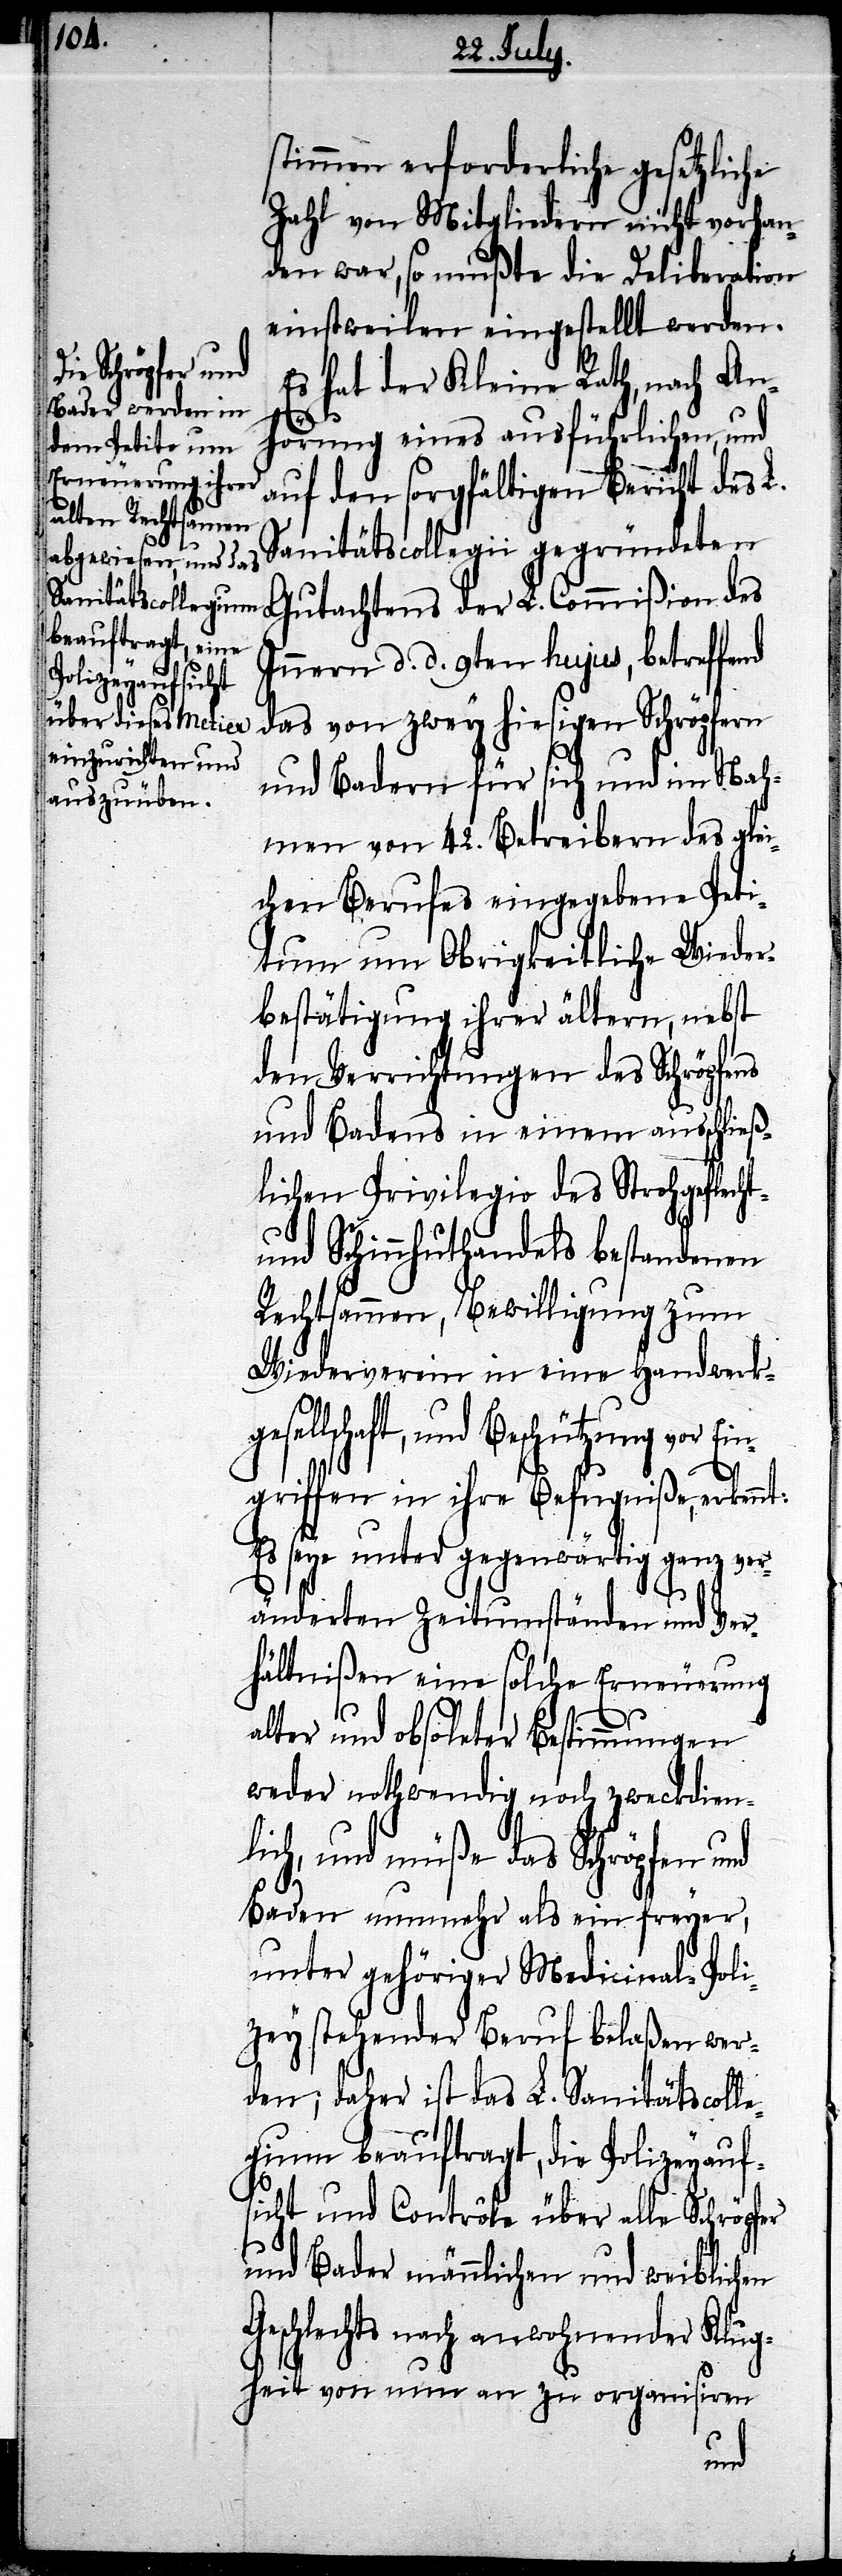
stimmen erforderliche gesetzliche
Zahl von Mitgliedern nicht vorhan¬
den war, so mußte die Deliberation
einstweilen eingestellt werden.
Es hat der Kleine Rath, nach An¬
hörung eines ausführlichen, und
auf den sorgfältigen Bericht des L.
Sanitätscollegii gegründeten
Gutachtens der L. Commißion des
Innern d. d. 9ten hujus, betreffend
das von zwey hiesigen Schröpfern
und Badern für sich und im Nah¬
men von 42. Betreibern des glei¬
chen Berufes eingegebene Peti¬
tum um Obrigkeitliche Wieder¬
bestätigung ihrer ältern, nebst
den Verrichtungen des Schröpfens
und Badens in einem ausschließ¬
lichen Privilegio des Strohgeflecht-
und Schinnhuthandels bestandenen
Rechtsamen, Bewilligung zum
Wiederverein in eine Handwerkge¬
sellschaft, und Beschützung vor Ein¬
griffen in ihre Befugniße, erkennt:
Es seye unter gegenwärtig ganz ver¬
änderten Zeitumständen und Ver¬
hältnißen eine solche Erneuerung
alter und obsoleter Bestimmungen
weder nothwendig noch zweckdien¬
lich, und müße das Schröpfen und
Baden nunmehr als ein freyer,
unter gehöriger Medicinal-Poli¬
zey stehender Beruf belaßen wer¬
den; daher ist das L. Sanitätscolle¬
gium beauftragt, die Polizeyauf¬
sicht und Contrôle über alle Schröpfer
und Bader männlichen und weiblichen
Geschlechts nach anwohnender Klug¬
heit von nun an zu organisiren